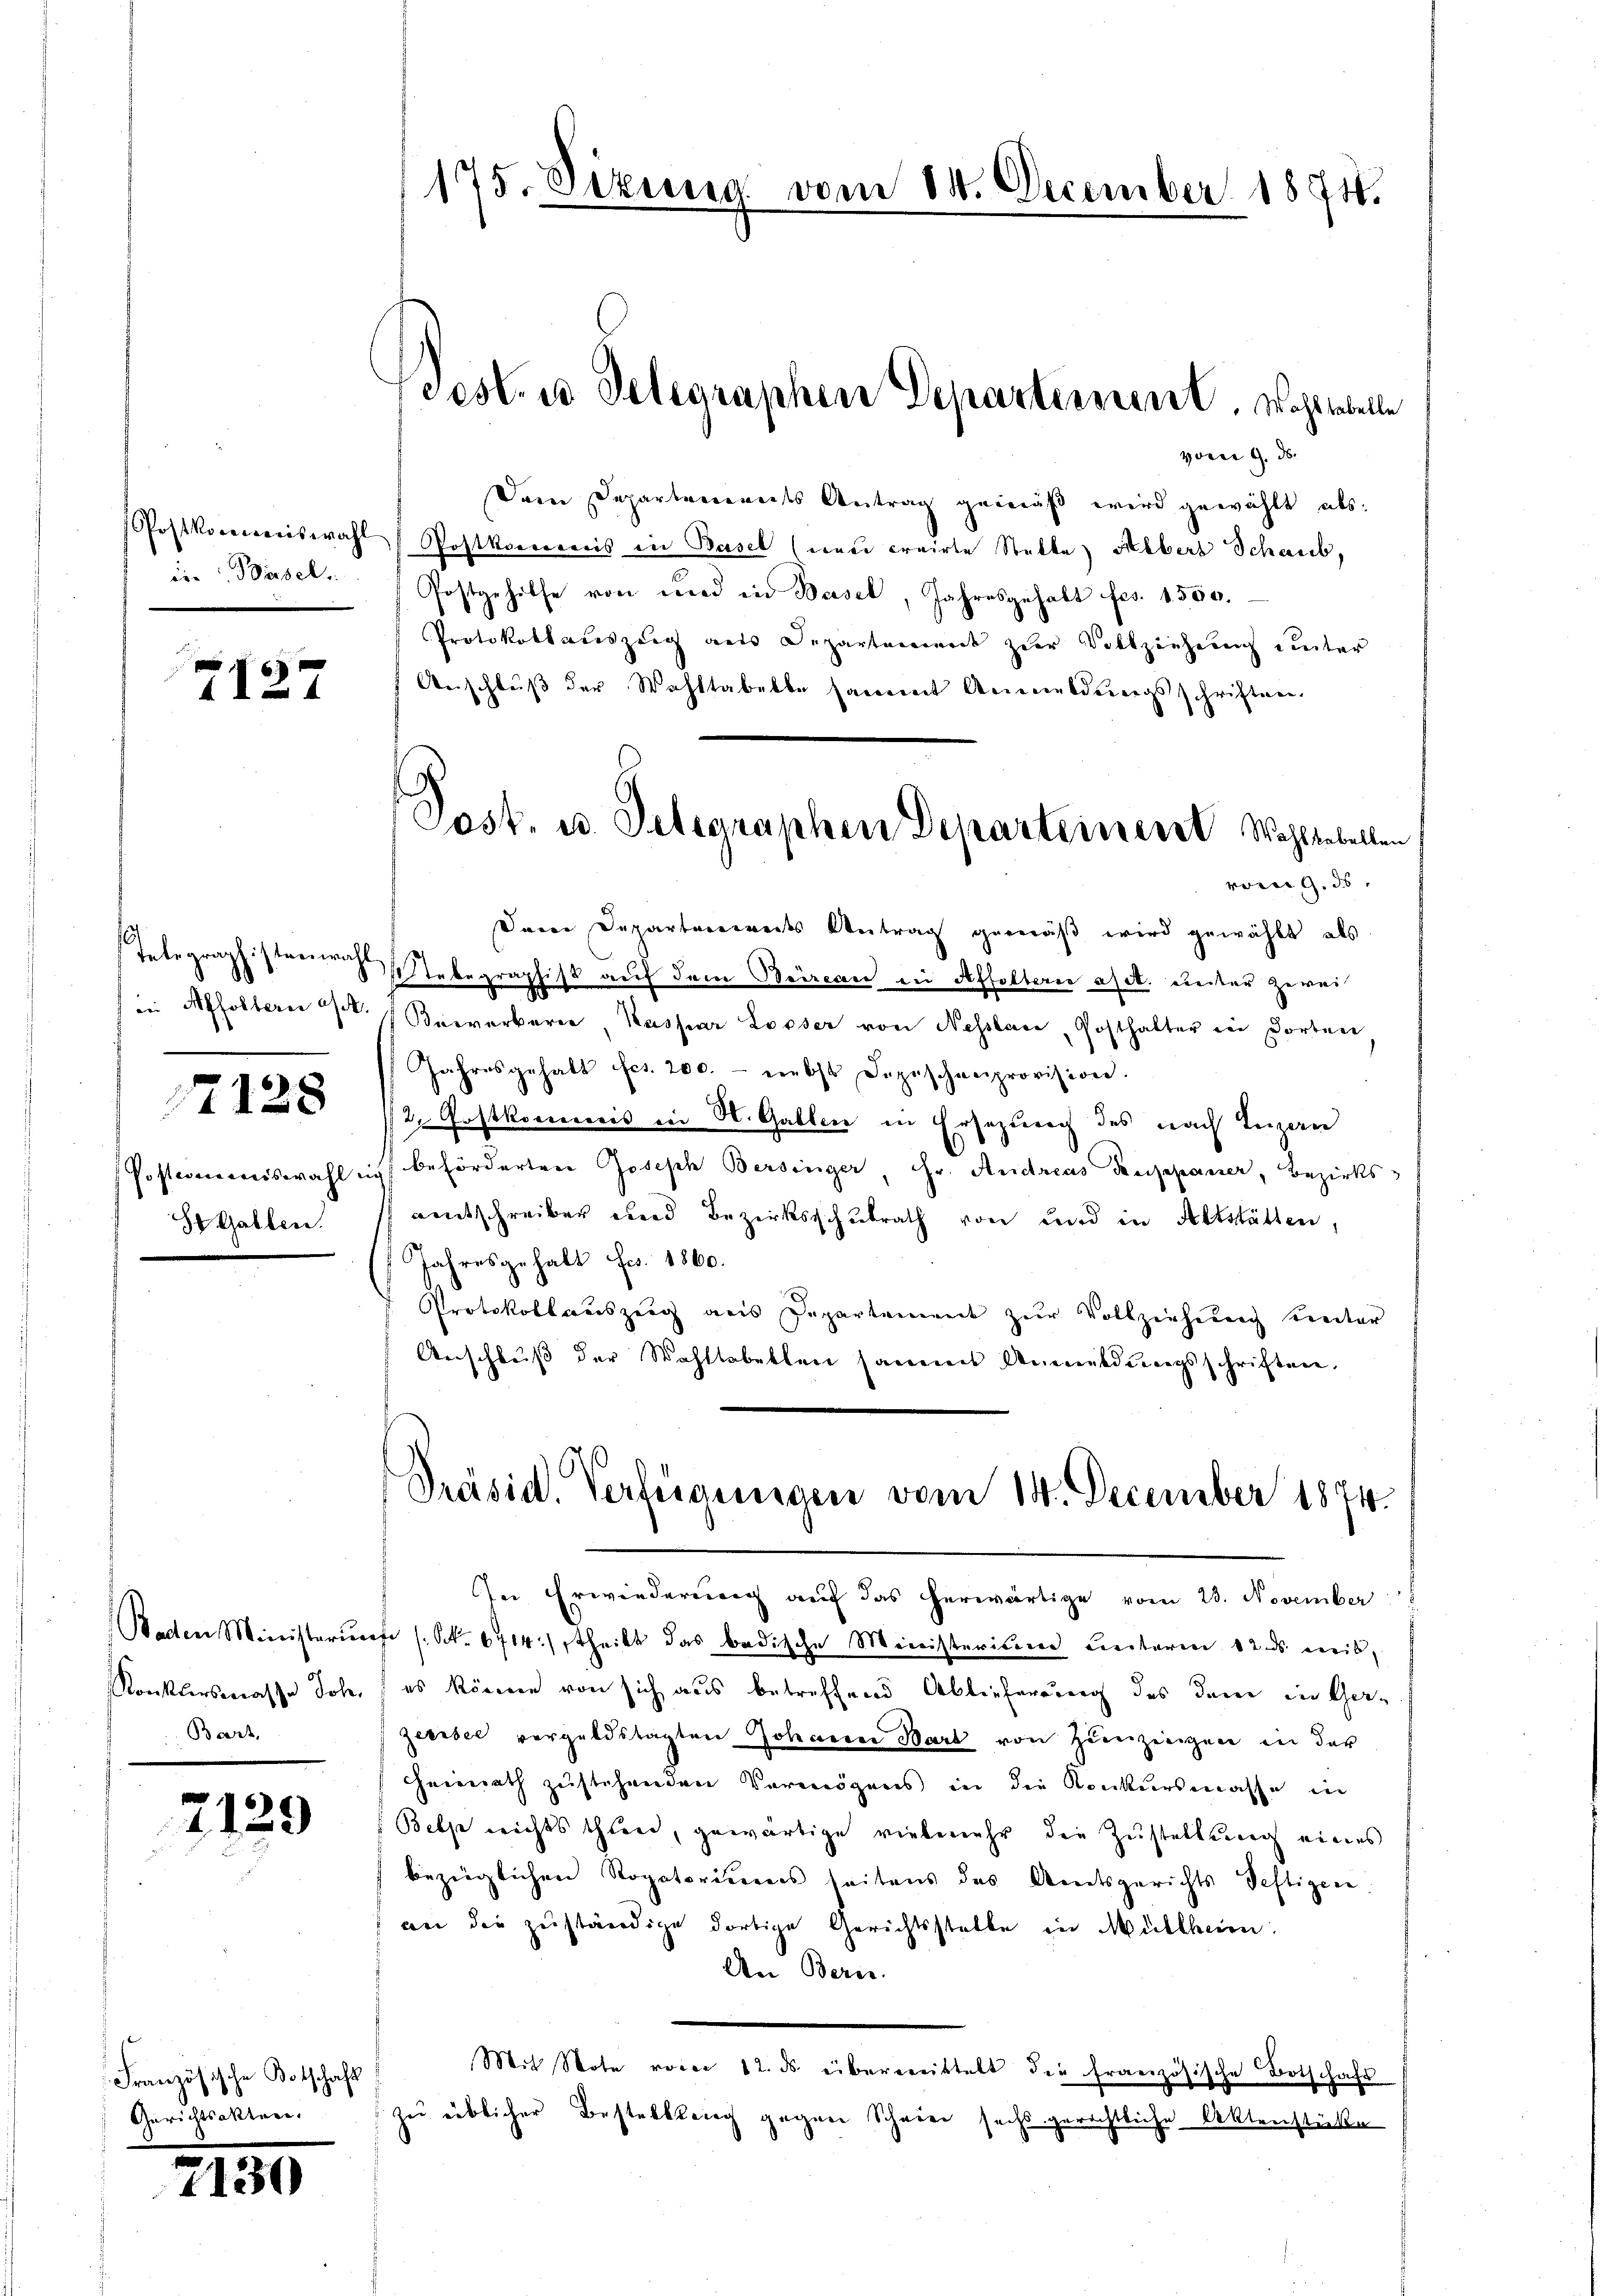
die Birsel

7127

f in Affoltern a/A.

7128

S. Gallen.

Baden Ministeru
Konklirsmasse Joh.
Bart

2129

Französische Botschaft
Gerichtsakten.

2130

vorei G. d.
Dein Departenannts Antrag gemäß wird gewählt als
Postkorenenswahl Postkorreis in Basel (neu creirte Stelle) Albert Schaub,
Postgehilfe von und in Basel, Jahresgehalt fes. 1550.
Protokollauszug aus Departenwerk zur Vollziehung unter
Anschluß der Wohltabelle sammt Anmeldungsschriften.
Sein Departemendes Antrag gemäß wird gewählt, als
Telegraphisternen abegraphist auf dem Beircan in Affoltern etc. unter zwei
7 Bewerber, Kaspar Looser von Nesslau, Posthalter in dorten
Jahresgehalt fes. 200.- nebst Dezischenprovision.
/2. Festkommis in N. Gallier in Ersezung des nach Inzan
Postwieniswahl ich beförderten Joseph Bersinger Fr. Andreas Treppanier, Bezirksamtschreiben und Bezirksschulrath von und in Altstätten,
Jahresgehalt Frs. 1860.
Protokollauszeig aus Departement zur Vollziehung unter
Anschluß der Wahltabellen sammt Anmeldungsschriften,

175. Sekung vom 14. December 1871.

Pest. u. Telegraphen Departement. Wohlseele

Post. u. Telegraphen Departeinert Wohlseellen,
vom 9. ds.

Präsid. Verfügungen vom 14. December 1874.

In Erwiederung auf das herwärtige vom 23. November
fr /. Nr. 6714) theilt das badische Ministerisiren Leiterm 12. ds. weib,
es könne von sich aus betreffend Ablieferung des dem in Ger-
zeerbel vorgeldstagten Johanen Bart von Zünzingen in der
Heimath zustehenden Vermögens in die Konkursmasse in
Belpe nichts thiene, gewärtige vielmehr die Zustellung eines
bezüglichen Rogatoriums seitens des Amtsgerichts Testigen
an die zuständige dortige Gerichtsstelle in Müllheim:
An Bern.
Mit Note vom 12. ds. überwittelt die französische Botschaft
zu üblicher Bestanklang gegen Schwier sechs gerichtliche Aktenstücke